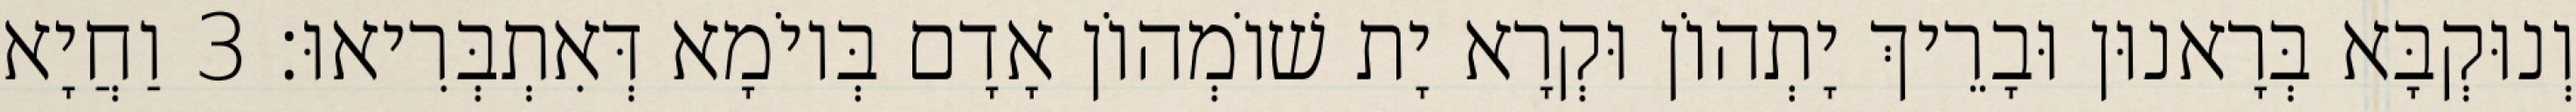
וְנוּקְבָּא בְּרָאנוּן וּבָרֵיךְ יָתְהוֹן וּקְרָא יָת שׁוֹמְהוֹן אָדָם בְּיוֹמָא דְּאִתְבְּרִיאוּ׃ 3 וַחֲיָא